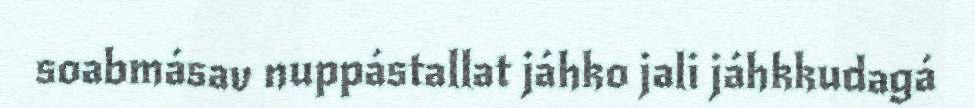
soabmásav nuppástallat jáhko jali jáhkkudagá